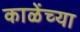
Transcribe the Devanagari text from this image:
काळेंच्या